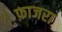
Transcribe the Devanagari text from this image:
फ़ाजरा